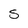
Character: S